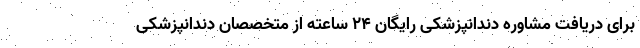
برای دریافت مشاوره دندانپزشکی رایگان 24 ساعته از متخصصان دندانپزشکی